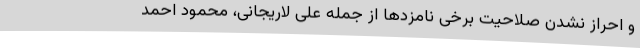
و احراز نشدن صلاحیت برخی نامزدها از جمله علی لاریجانی، محمود احمد